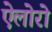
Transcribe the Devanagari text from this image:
ऐलोरो